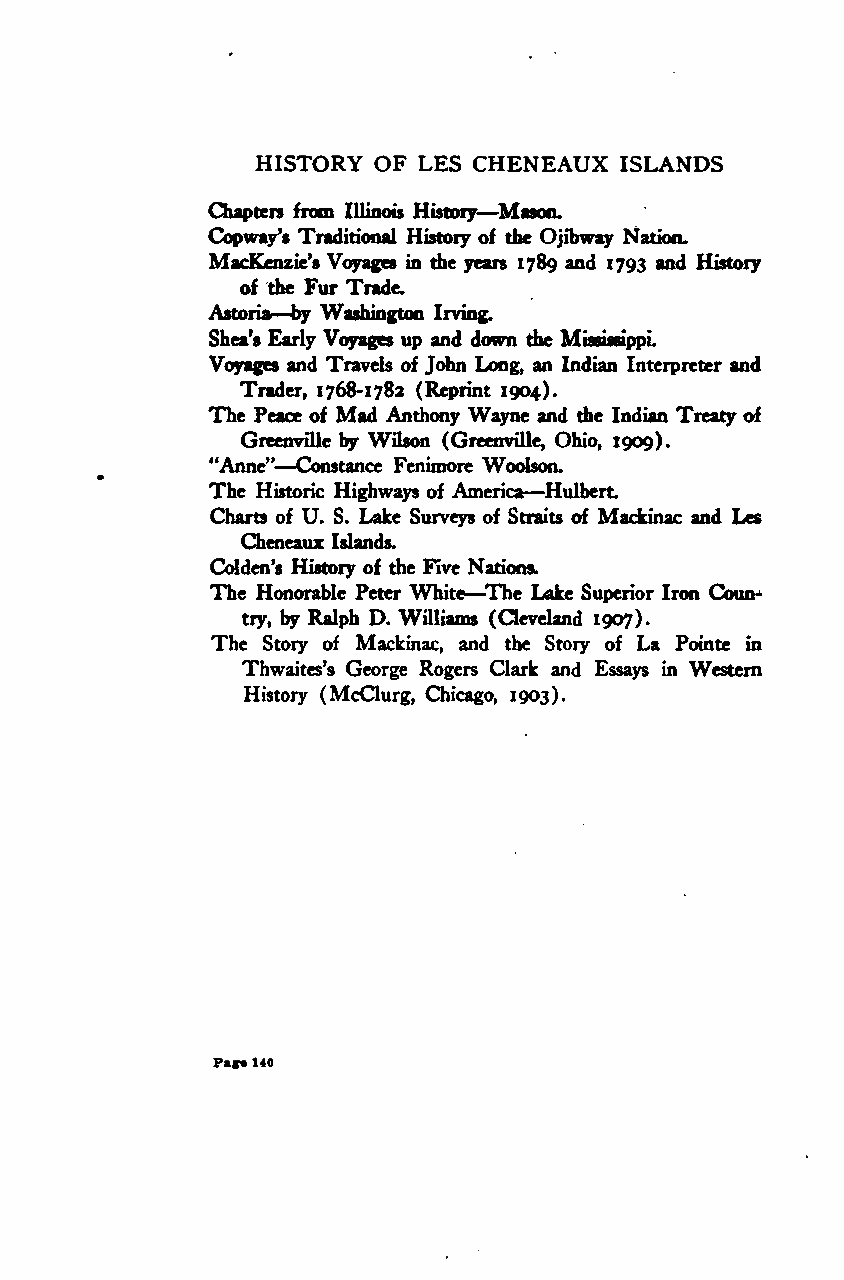
HISTORY OF LES CHENEAUX ISLANDS
 —
 Chapters from Illinois History Mason.
 Copway's Traditional History of the Ojibway Nation.
 MacKenzie's Voyages in die years 1789 and 1793 and History
 of the Fur Trade.
 —
 Astoria by Washington Irving.
 Shea's Early Voyages up and down the Mississippi
 Voyages and Travels of John Long, an Indian Interpreter and
 Trader, 1768-1782 (Reprint 1904).
 The Peace of Mad Anthony Wayne and die Indian Treaty of
 Greenville by Wilson (Greenville, Ohio, 1909).
 —
 "Anne" Constance Fenimore Woolson.
 —
 The Historic Highways of America Hulbert.
 Charts of U. S. Lake Surveys of Straits of Mackinac and Les
 Cheneaux Islands.
 Colden's History of the Five Nations.
 The Honorable Peter White—The Lake Superior Iron Coun-
 try, by Ralph D. Williams (Cleveland 1907).
 The Story of Mackinac, and the Story of La Pointe in
 Thwaites's George Rogers Clark and Essays in Western
 History (McClurg, Chicago, 1903).
 Pare140
 Google
 Digitizedby